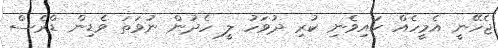
ޖެހޭނީ އެމީހެއް ކައިވެނި ކުރި ދުވަހު ލީ ހެދުން ނުވަތަ ވެޑިން ޑްރެސް